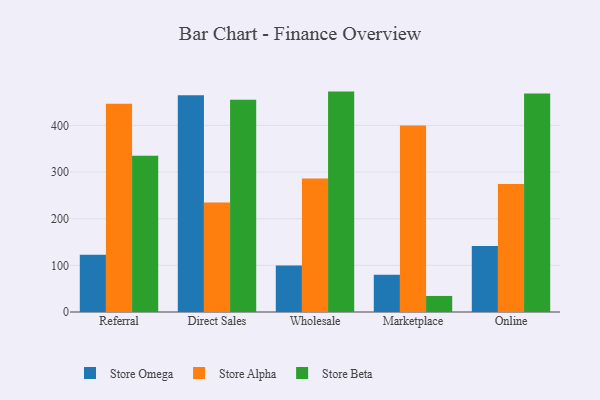
{"axis": {"x": "Channel", "y": "Population (Million)"}, "legend": ["Store Alpha", "Store Beta", "Store Omega"], "data": [{"x": "Referral", "y": 122.9, "type": "Store Omega"}, {"x": "Referral", "y": 446.2, "type": "Store Alpha"}, {"x": "Referral", "y": 335.0, "type": "Store Beta"}, {"x": "Direct Sales", "y": 464.4, "type": "Store Omega"}, {"x": "Direct Sales", "y": 234.6, "type": "Store Alpha"}, {"x": "Direct Sales", "y": 454.8, "type": "Store Beta"}, {"x": "Wholesale", "y": 99.5, "type": "Store Omega"}, {"x": "Wholesale", "y": 286.1, "type": "Store Alpha"}, {"x": "Wholesale", "y": 472.4, "type": "Store Beta"}, {"x": "Marketplace", "y": 79.7, "type": "Store Omega"}, {"x": "Marketplace", "y": 399.9, "type": "Store Alpha"}, {"x": "Marketplace", "y": 34.4, "type": "Store Beta"}, {"x": "Online", "y": 141.2, "type": "Store Omega"}, {"x": "Online", "y": 274.4, "type": "Store Alpha"}, {"x": "Online", "y": 468.4, "type": "Store Beta"}]}